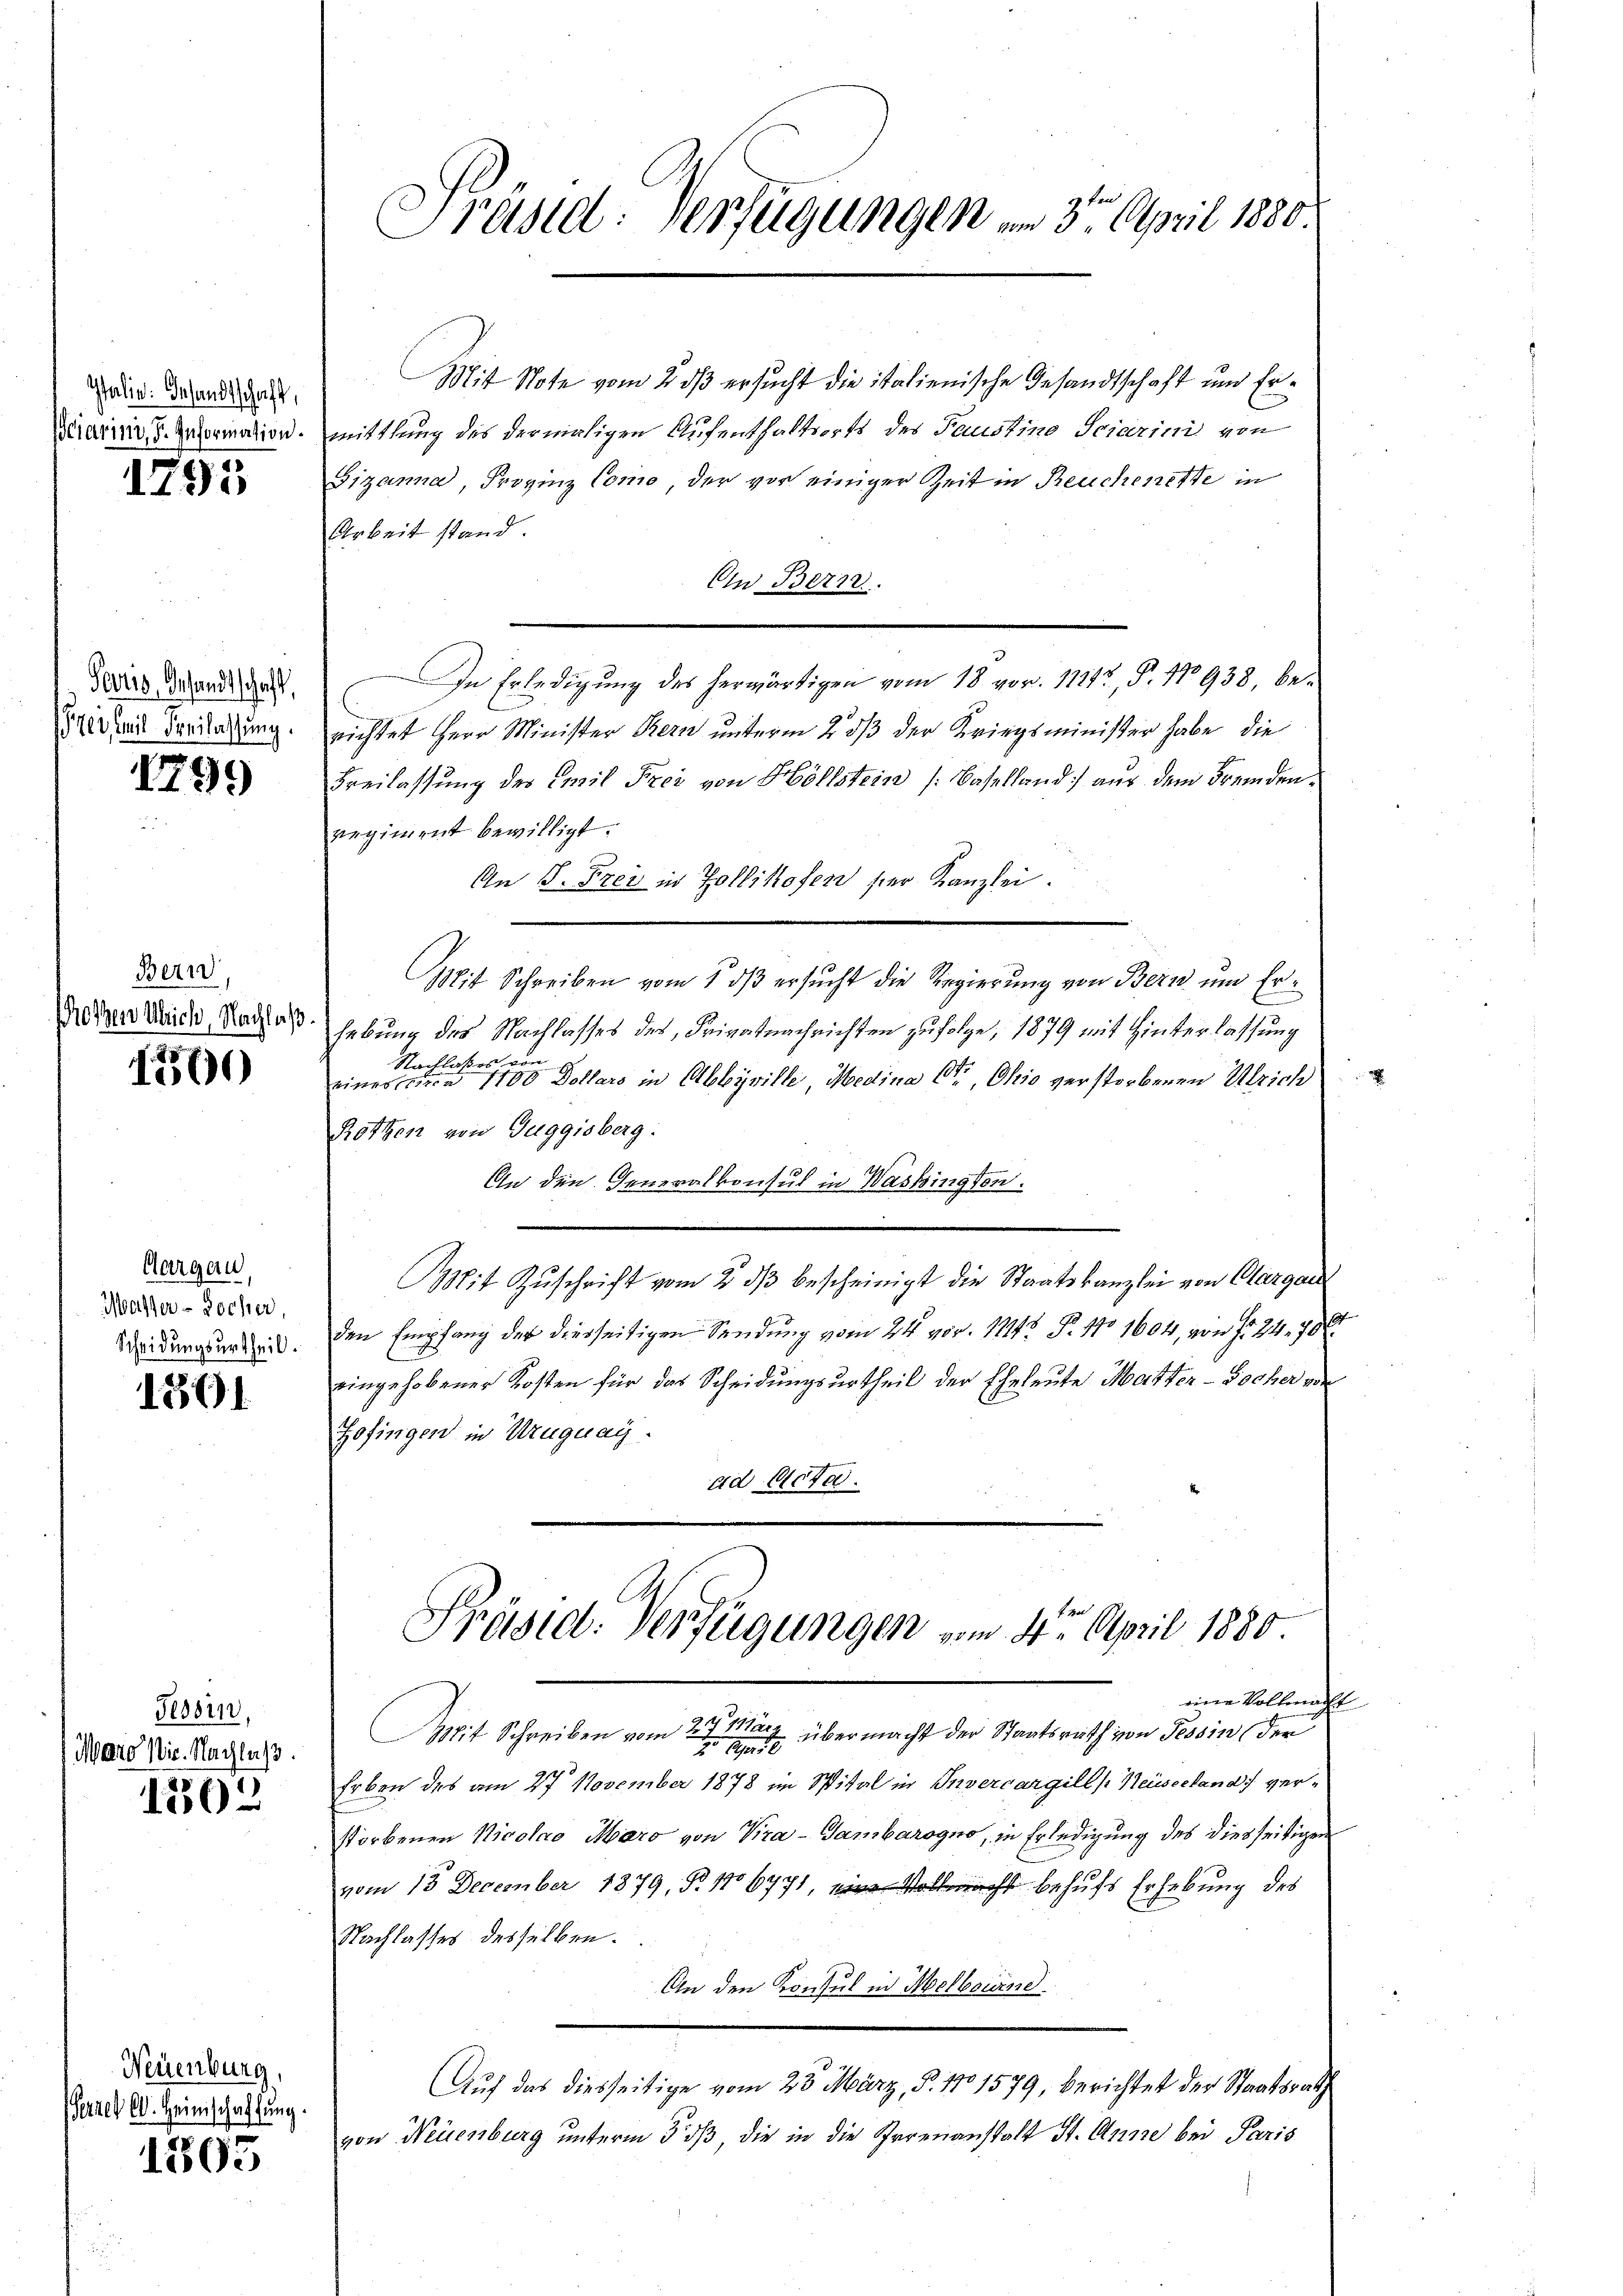
Italie Gesandtschaft,

1795

Peoris, Gesandtschaft,
Prei (mit Freilassung.

1799

Bern
Prosen Ulrich, Nachlaß.

1256)

Aargau,
Wasser-Wocher,
Scheidungsurtheil.

1301

Tessin,
Maro Nir. Nachlaß.

1302

Neuenburg,
Perren C. Heimschaffung.

1805

Präsid: Verfügungen am 3ten April 1880.

Mit Note vom 2 dß ersucht die italienische Gesandtschaft und Er¬
Buarii d. Reformation. Mittlung des dermaligen Aufenthaltsorts des Faustine Sciarini von
Gizanna, Frovinz Como, der vor einiger Zeit in Reuchenette in
Arbeit stand.
An Bern.
In Erledigŭng des herwärtigen vom 18. vor. 11242, P. No 938, be-
richtet Herr Minister Bern unterm 2. dβ der Kriegsminister habe die
Freilassung des Emil Frei von Höllstein (Baselland aus dem Fremdenregiment bewilligt.
An 5. Frei in Zollikofen ser Kanzlei.
Mit Schreiben vom 1 dβ ersŭcht die Regierŭng von Bern um Erhebung des Nachlasses des Privatnachrichten zufolge, 1879 mit Hinterlassung
Nachlaßes von
x
eines circa 1100 Dollars in Ableyville, Medina Ctr, Ohio verstorbenen Ulrich
Rotten von Guggisberg.
An den Generalkonsul in Washington.
Mit Zŭschrift vom 2. dβ bescheinigt die Staatskanzlei von Clargau
den Empfang der diesseitigen Sendung vom 24. vor. 111. P. No 1604, von fr. 24. 706.
eingehobener Kosten für das Scheidungsurtheil der Eheleute Matter-Bocher von
Hofingen in Uruguag
ad Acta.
A
Präsid: Verfügungen vom 4ten April 1880
eine Vollmacht
Mit Schreiben vom 27. März übermacht der Staatsrath von Tessin der
2 50
Erben des am 27. November 1878 im Spital in Invercargill (Neuseeland ver-
storbenen Nicolao Maro von Vira-Gambarogno, in Erledigung des diesseitigen
vom 18. December 1879, N. 116771, eine Vollmacht behufs Erhebung des
Nachlasses desselben.
An den Konsul in Melbournd
Auf das diesseitige vom 23. März, §. 170 1579, berichtet der Staatsrath
von Neuenburg unterm 5. dß, die in die Irrenanstalt St. Anne bei Paris